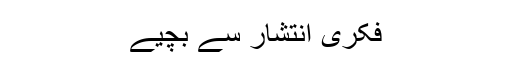
فکری انتشار سے بچیے